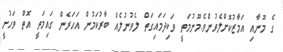
ގެ މޫނާއިި އަމާޒުކޮށްލެވުނުެވެ.މޫނުމަތީ ވަކިދަމައިގަތް ލެވުނުލެއް ބާރުކަމުން އަހަރެން ގައިމަތީ އޮތް ވަހުށީ